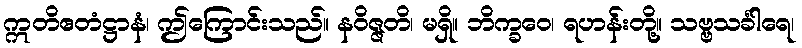
ဣတိဧတံဋ္ဌာနံ၊ ဤကြောင်းသည်။ နဝိဇ္ဇတိ၊ မရှိ။ ဘိက္ခဝေ၊ ရဟန်းတို့။ သဗ္ဗသင်္ခါရေ၊